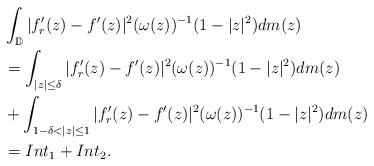
LaTeX: \begin{align*} &\int_{\mathbb{D}}|f_{r}'(z)-f'(z)|^{2} (\omega(z))^{-1}(1-|z|^{2})dm(z)\\ &=\int_{|z|\leq\delta}|f_{r}'(z)-f'(z)|^{2} (\omega(z))^{-1}(1-|z|^{2})dm(z)\\ &+\int_{1-\delta<|z|\leq 1}|f_{r}'(z)-f'(z)|^{2} (\omega(z))^{-1}(1-|z|^{2})dm(z)\\ &=Int_{1}+Int_{2}.\\ \end{align*}